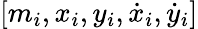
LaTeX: [m_{i},x_{i},y_{i},\dot{x}_{i},\dot{y}_{i}]